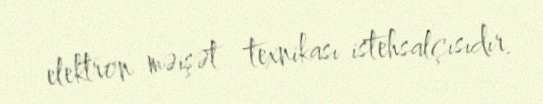
elektron məişət texnikası istehsalçısıdır.